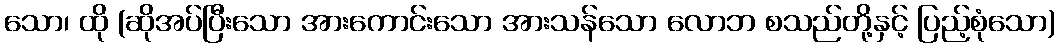
သော၊ ထို (ဆိုအပ်ပြီးသော အားကောင်းသော အားသန်သော လောဘ စသည်တို့နှင့် ပြည့်စုံသော)